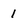
Character: 1